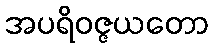
အပရိဝဇ္ဇယတော